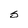
Character: S